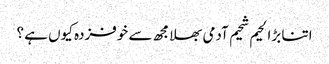
اتنا بڑا لحیم شحیم آدمی بھلا مجھ سے خوفزدہ کیوں ہے ؟